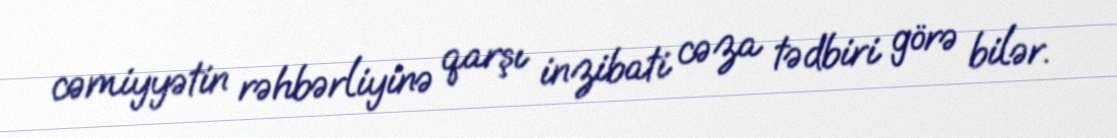
cəmiyyətin rəhbərliyinə qarşı inzibati cəza tədbiri görə bilər.